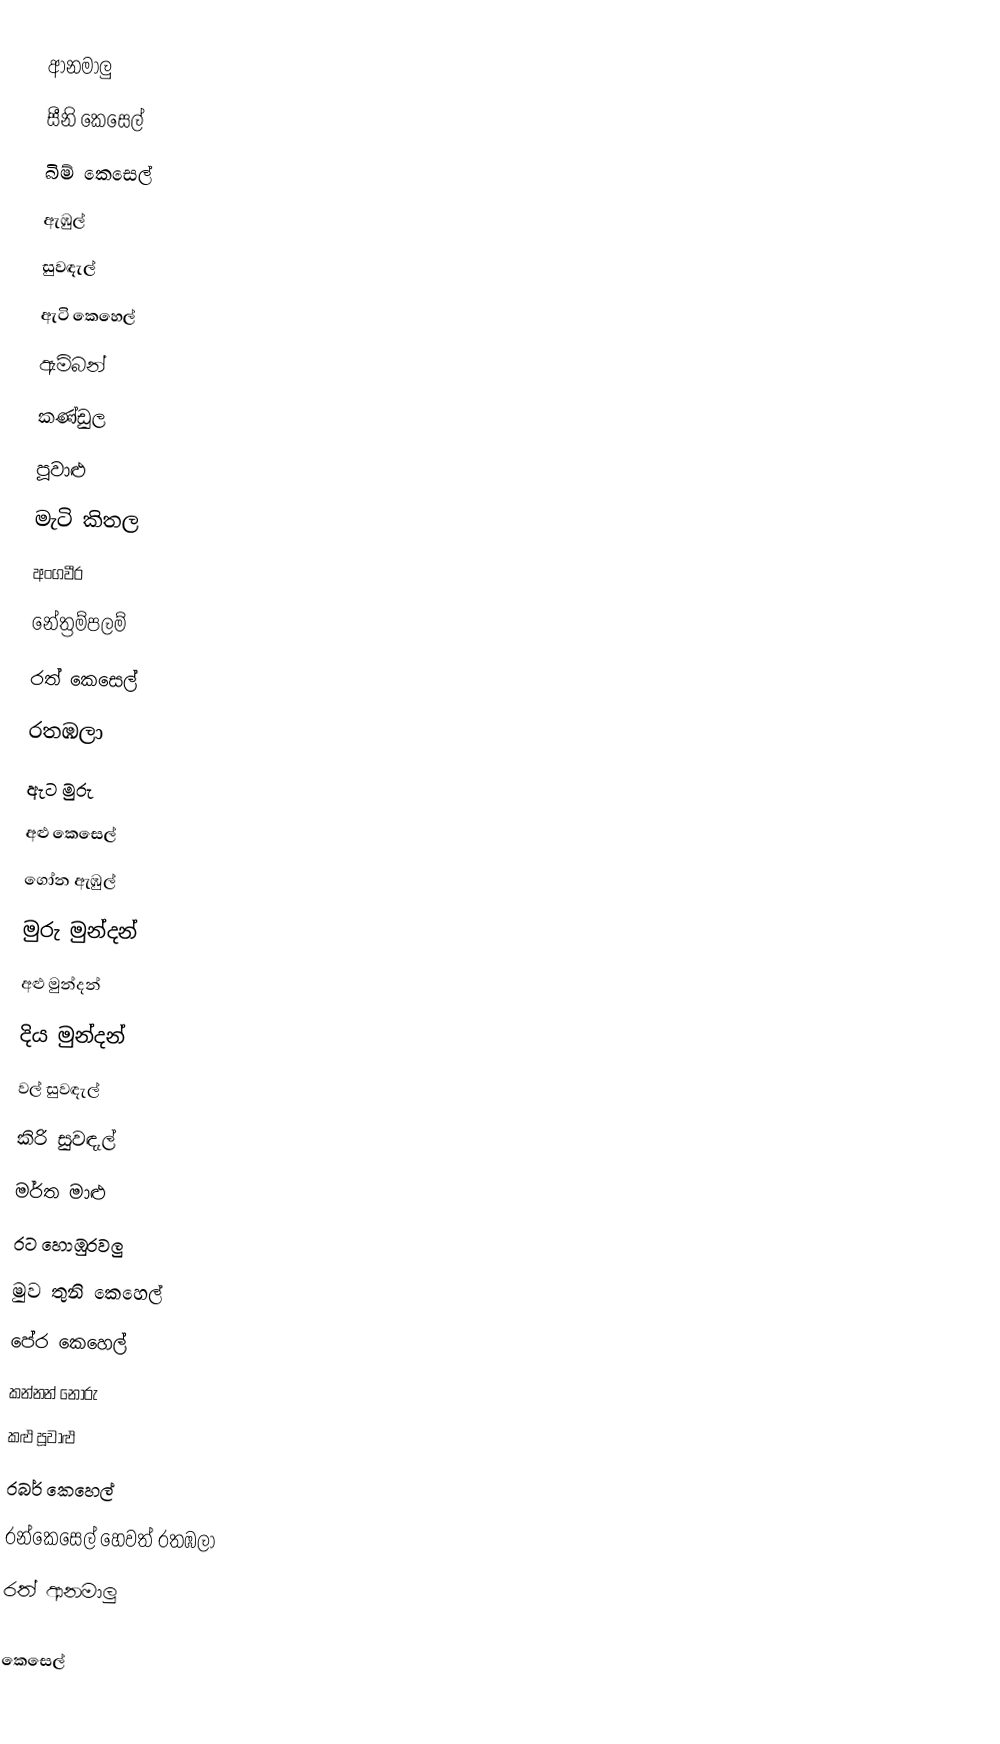
ආනමාලු
 සීනි කෙසෙල්
 බිම් කෙසෙල්
 ඇඹුල්
 සුවඳැල්
 ඇටි කෙහෙල්
 ඇම්බන්
 කණ්ඩුල
 පූවාළු
 මැටි කිතල
අංගවීර
නේත්‍රම්පලම්
 රත් ‌කෙසෙල්
 රතඹලා
ඇට මුරු
අළු කෙසෙල්
ගෝන ඇඹුල්
 මුරු මුන්දන්
 අළු මුන්දන්
දිය මුන්දන්
 වල් සුවඳැල්
 කිරි සුවඳැල්
 මර්ත මාළු
 රට හොඹුරවලු
 මුව තුනි කෙහෙල්
 පේර කෙහෙල්
 කන්නන් නොරු
 කළු පූවාළු
 රබර් කෙහෙල්
 රන්කෙසෙල් හෙවත් රතඹලා
 රත් ආනමාලු

කෙසෙල්